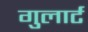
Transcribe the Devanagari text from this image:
गुलार्ट